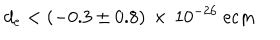
LaTeX: d _ { e } < ( - 0 . 3 \pm 0 . 8 ) \, \times \, 1 0 ^ { - 2 6 } ~ \mathrm { e c m }